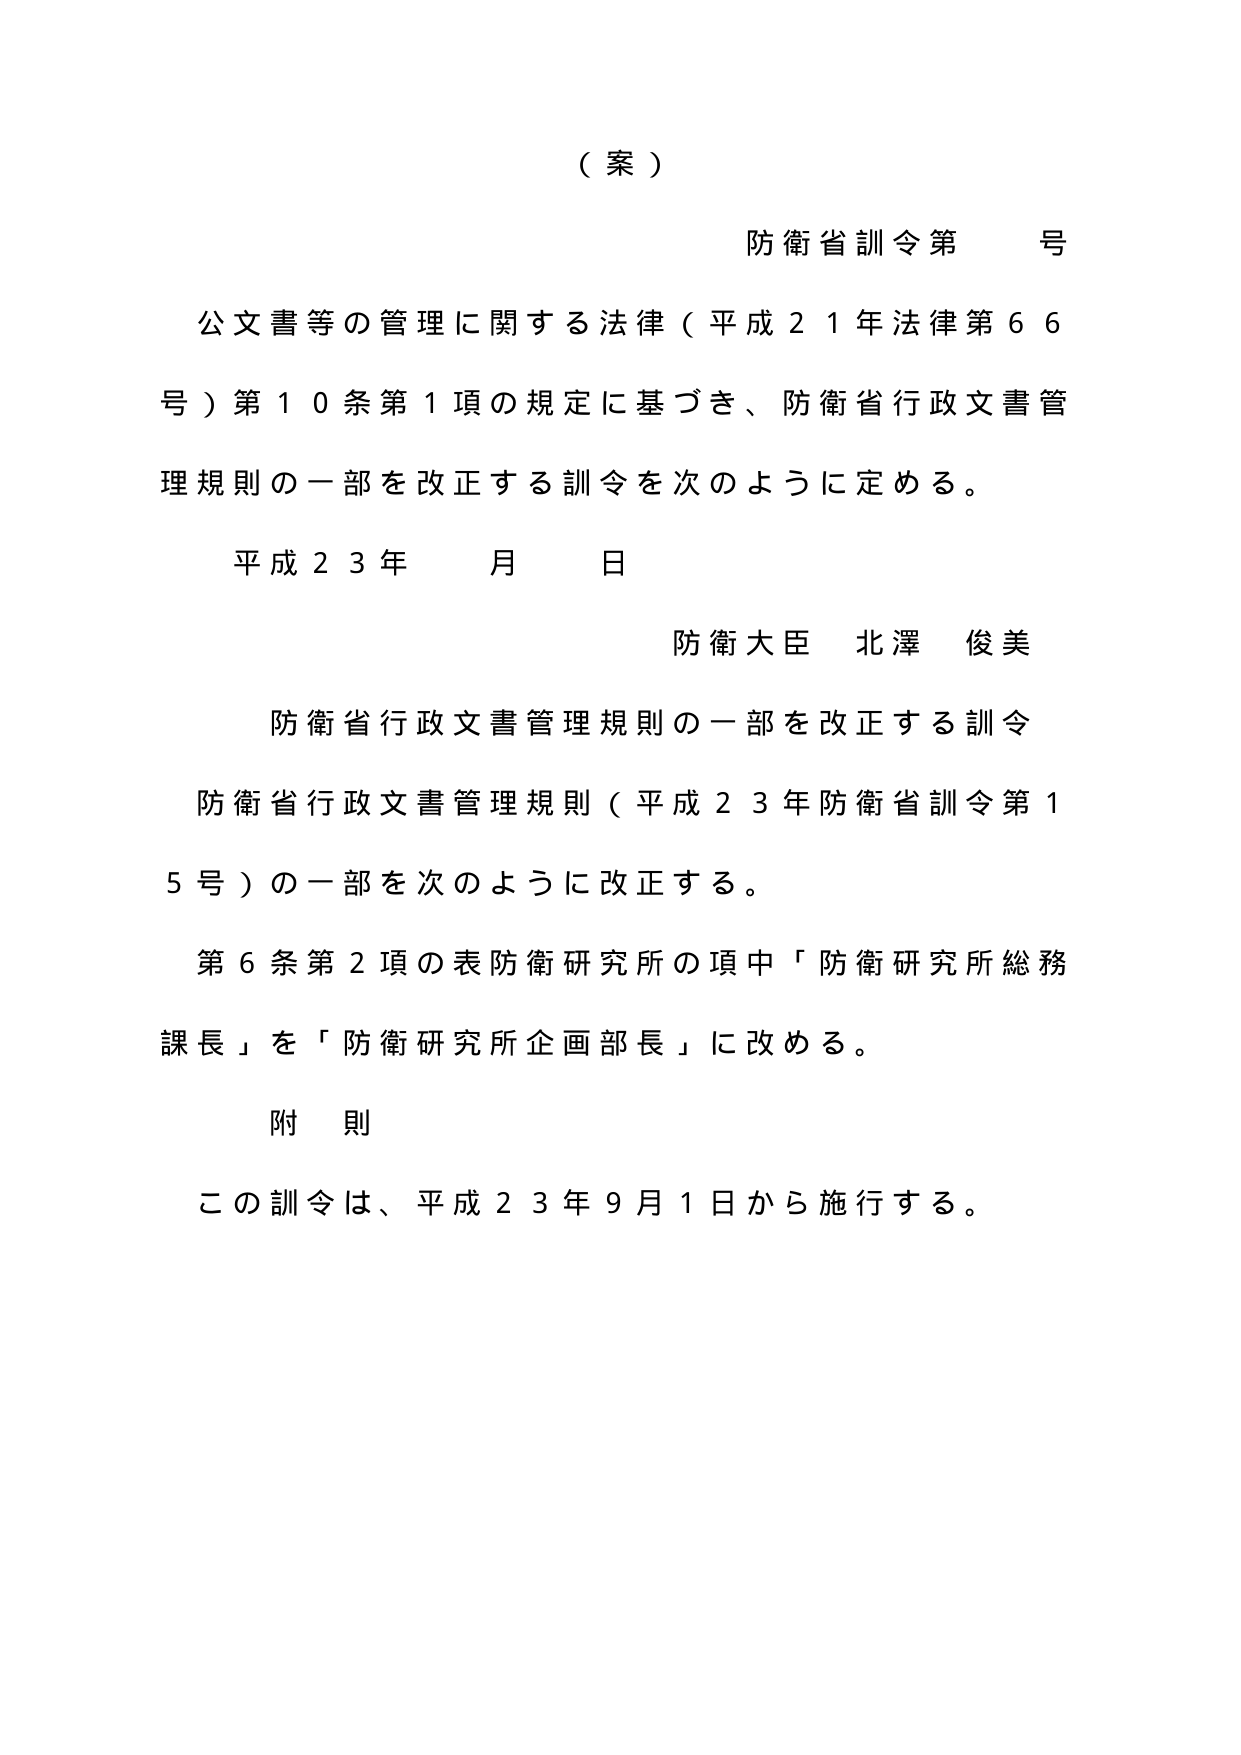
（案）

防衛省訓令第　号

公文書等の管理に関する法律（平成21年法律第66号）第10条第1項の規定に基づき、防衛省行政文書管理規則の一部を改正する訓令を次のように定める。

平成23年　月　日

防衛大臣　北澤　俊美

防衛省行政文書管理規則の一部を改正する訓令

防衛省行政文書管理規則（平成23年防衛省訓令第15号）の一部を次のように改正する。

第6条第2項の表防衛研究所の項中「防衛研究所総務課長」を「防衛研究所企画部長」に改める。

附則

この訓令は、平成23年9月1日から施行する。